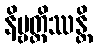
နိဗ္ဗတ္တိဿန္တိ